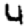
Digit: 4